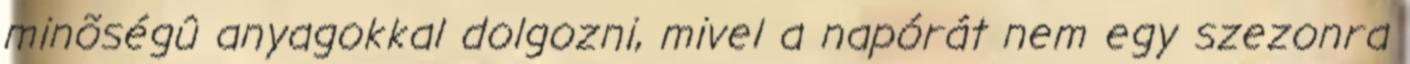
minõségû anyagokkal dolgozni, mivel a napórát nem egy szezonra